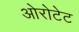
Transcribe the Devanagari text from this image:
ओरोटेट